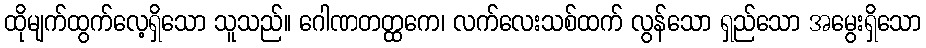
ထိုမျက်ထွက်လေ့ရှိသော သူသည်။ ဂေါဏတတ္ထကေ၊ လက်လေးသစ်ထက် လွန်သော ရှည်သော အမွေးရှိသော